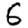
Digit: 6